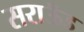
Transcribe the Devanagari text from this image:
सराऊँड